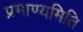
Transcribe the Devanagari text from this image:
प्रमाण्यमिति